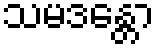
သမဒန္တော